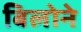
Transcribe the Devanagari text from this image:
बिलोने